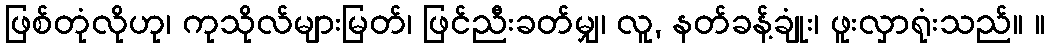
ဖြစ်တုံလိုဟု၊ ကုသိုလ်များမြတ်၊ ဖြင်ညီးခတ်မျှ၊ လူ, နတ်ခန့်ချုံး၊ ဖူးလှာရုံးသည်။ ။